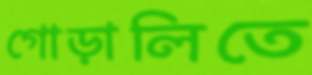
গোড়ালিতে